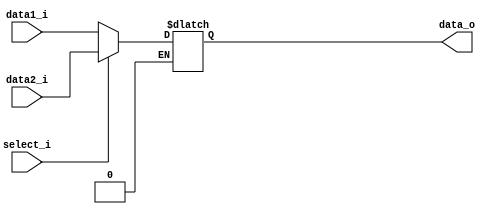
module MUX5
(
	data1_i,
	data2_i,
	select_i,
	data_o
);

input [4:0] data1_i, data2_i;
input select_i;
output [4:0] data_o;
reg data_o;
always @(data1_i, data2_i, select_i)
begin
	if(select_i == 1'b0)
	begin
		data_o <= data1_i;
	end
	if(select_i == 1'b1)
	begin
		data_o <= data2_i;
	end
end

endmodule